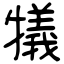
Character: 犠